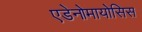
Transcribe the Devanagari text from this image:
एडेनोमायोसिस